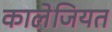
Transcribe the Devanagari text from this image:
कालेजियत